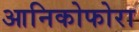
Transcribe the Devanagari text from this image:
आनिकोफोरा